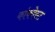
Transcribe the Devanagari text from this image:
कांक्वेस्ट